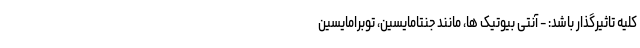
کلیه تاثیرگذار باشد: - آنتی بیوتیک ها، مانند جنتامایسین، توبرامایسین